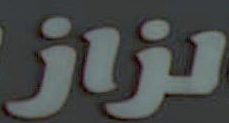
لزاز